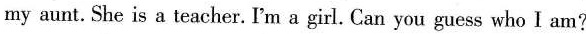
my aunt. She is a teacher. I'm a girl. Can you guess who I am?